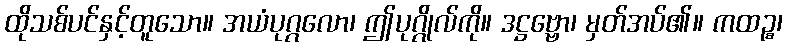
ထိုသစ်ပင်နှင့်တူသော။ အယံပုဂ္ဂလော၊ ဤပုဂ္ဂိုလ်ကို။ ဒဋ္ဌဗ္ဗော၊ မှတ်အပ်၏။ ကထဉ္စ၊